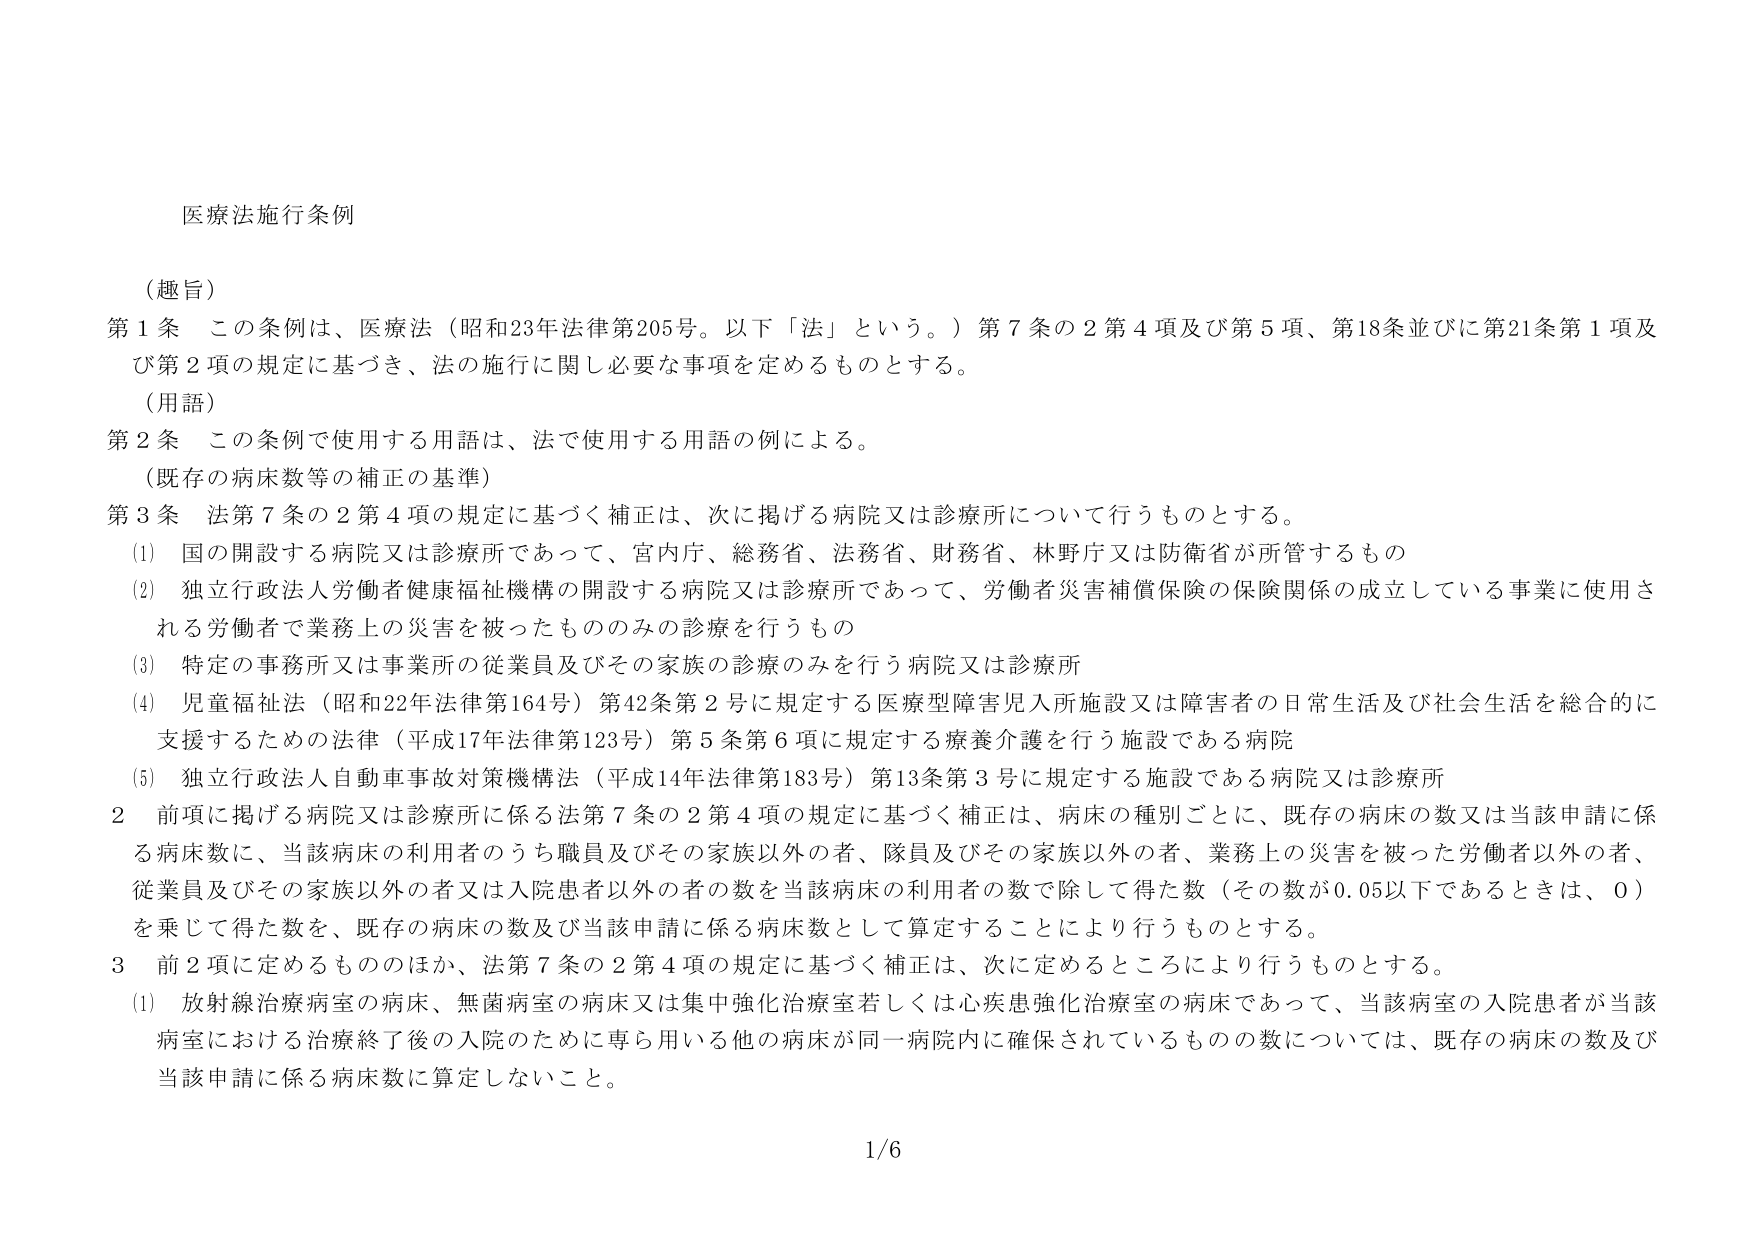
医療法施行条例

（趣旨）
第１条　この条例は、医療法（昭和23年法律第205号。以下「法」という。）第７条の２第４項及び第５項、第18条並びに第21条第１項及び第２項の規定に基づき、法の施行に関し必要な事項を定めるものとする。

（用語）
第２条　この条例で使用する用語は、法で使用する用語の例による。

（既存の病床数等の補正の基準）
第３条　法第７条の２第４項の規定に基づく補正は、次に掲げる病院又は診療所について行うものとする。
　(1)　国の開設する病院又は診療所であって、宮内庁、総務省、法務省、財務省、林野庁又は防衛省が所管するもの
　(2)　独立行政法人労働者健康福祉機構の開設する病院又は診療所であって、労働者災害補償保険の保険関係の成立している事業に使用される労働者で業務上の災害を被ったもののみの診療を行うもの
　(3)　特定の事務所又は事業所の従業員及びその家族の診療のみを行う病院又は診療所
　(4)　児童福祉法（昭和22年法律第164号）第42条第２号に規定する医療型障害児入所施設又は障害者の日常生活及び社会生活を総合的に支援するための法律（平成17年法律第123号）第５条第６項に規定する療養介護を行う施設である病院
　(5)　独立行政法人自動車事故対策機構法（平成14年法律第183号）第13条第３号に規定する施設である病院又は診療所

２　前項に掲げる病院又は診療所に係る法第７条の２第４項の規定に基づく補正は、病床の種別ごとに、既存の病床の数又は当該申請に係る病床数に、当該病床の利用者のうち職員及びその家族以外の者、隊員及びその家族以外の者、業務上の災害を被った労働者以外の者、従業員及びその家族以外の者又は入院患者以外の者の数を当該病床の利用者の数で除して得た数（その数が0.05以下であるときは、0）を乗じて得た数を、既存の病床の数及び当該申請に係る病床数として算定することにより行うものとする。

３　前２項に定めるもののほか、法第７条の２第４項の規定に基づく補正は、次に定めるところにより行うものとする。
　(1)　放射線治療病室の病床、無菌病室の病床又は集中強化治療室若しくは心疾患強化治療室の病床であって、当該病室の入院患者が当該病室における治療終了後の入院のために専ら用いる他の病床が同一病院内に確保されているものの数については、既存の病床の数及び当該申請に係る病床数に算定しないこと。

1/6